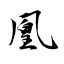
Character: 凰